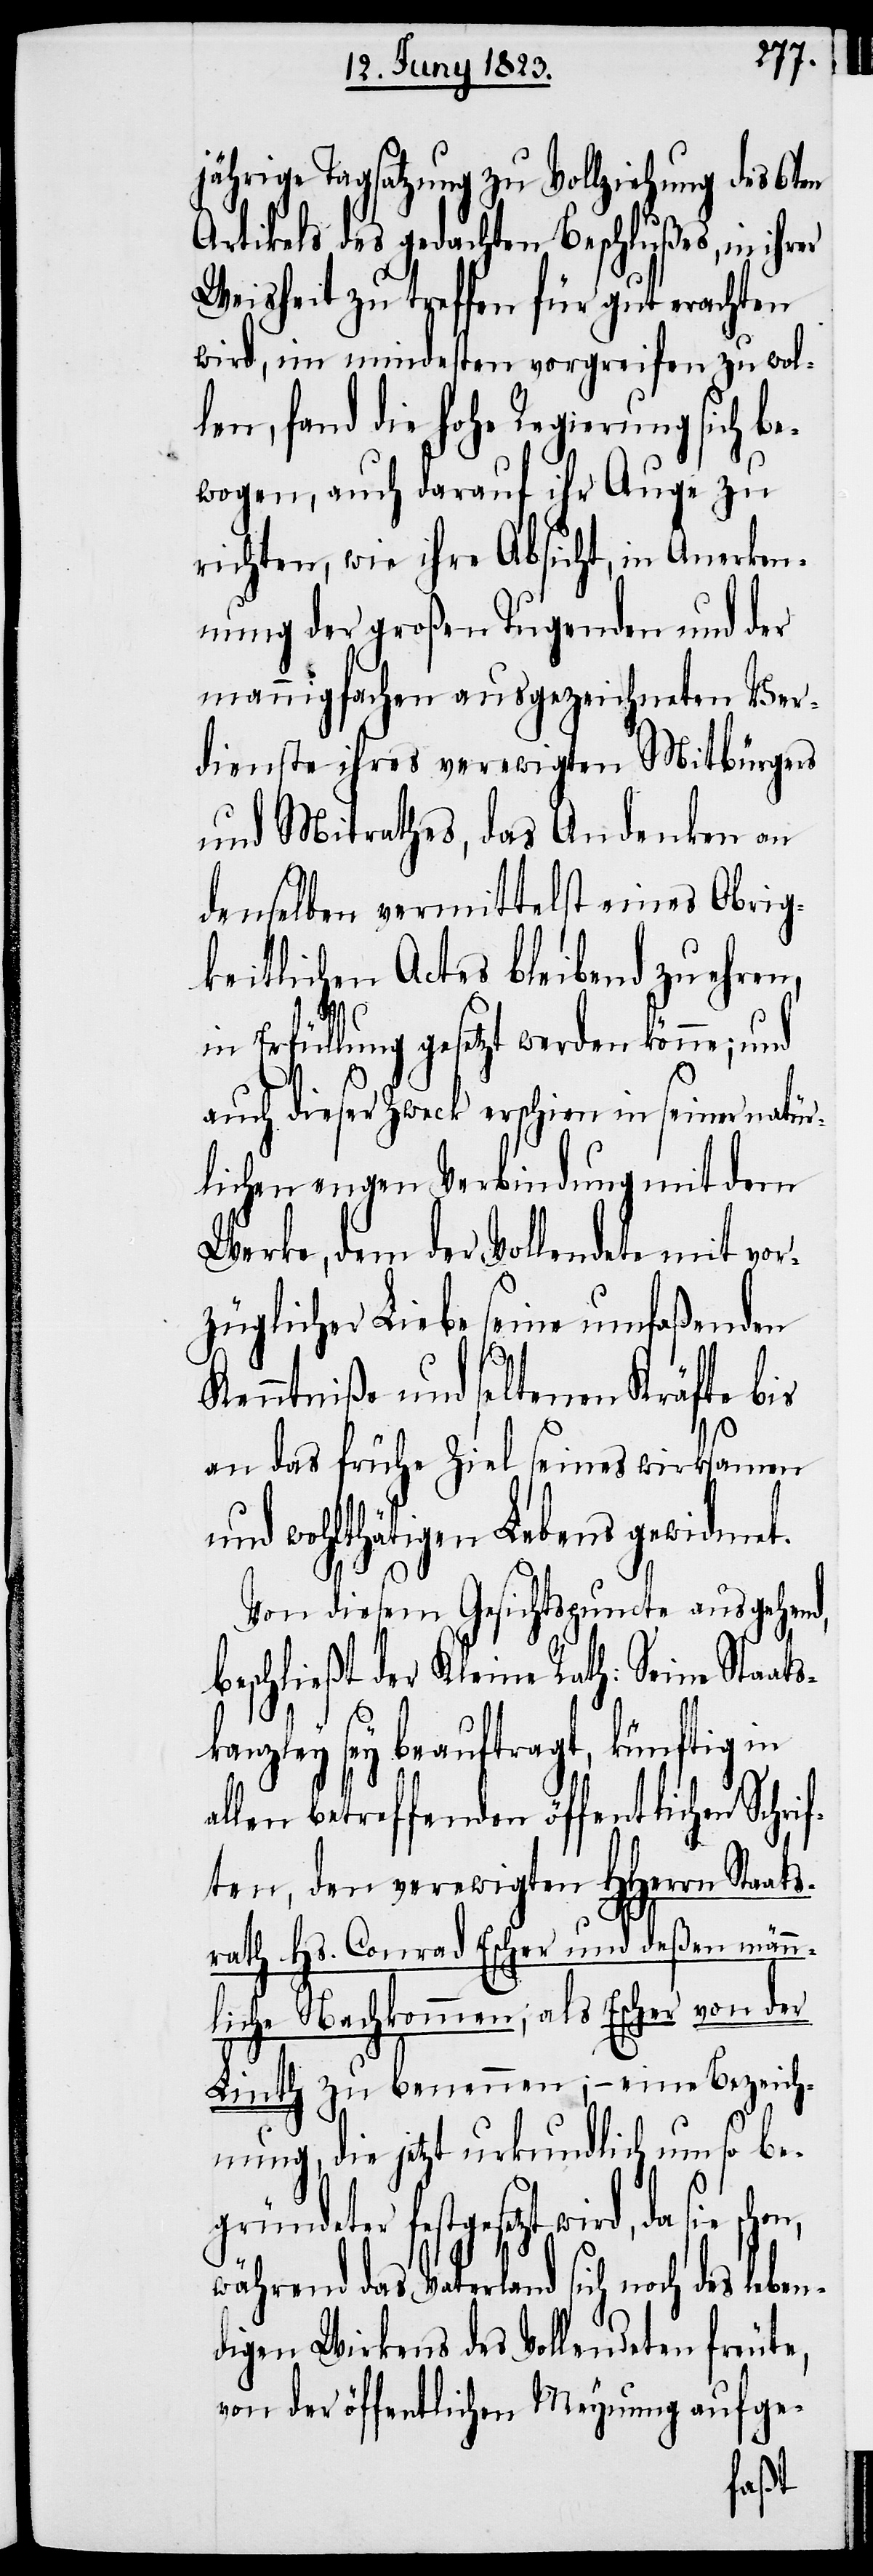
jährige Tagsatzung zu Vollziehung des 6ten
Artikels des gedachten Beschlußes, in ihrer
Weisheit zu treffen für gut erachten
wird, im mindesten vorgreifen zu wol¬
len, fand die hohe Regierung sich be¬
wogen, auch darauf ihr Auge zu
richten, wie ihre Absicht, in Anerken¬
nung der großen Tugenden und der
mannigfachen ausgezeichneten Ver¬
dienste ihres verewigten Mitbürgers
und Mitrathes, das Andenken an
denselben vermittelst eines Obrig¬
keitlichen Actes bleibend zu ehren,
Erfüllung gesetzt werden könne;
auch dieser Zweck erschien in seiner natür¬
lichen engen Verbindung mit dem
Werke, dem der Vollendete mit vor¬
züglicher Liebe seine umfaßenden
Kenntniße und seltenen Kräfte bis
an das frühe Ziel seines wirksamen
und wohlthätigen Lebens gewidmet.
Von diesem Gesichtspuncte ausgehend,
beschließt der Kleine Rath: Seine Staat¬
skanzley sey beauftragt, künftig in
allen betreffenden öffentlichen Schri¬
ften, den verewigten HHerrn Staat¬
srath Hs. Conrad Escher und deßen männ¬
liche Nachkommen, als Escher von der
Linth zu benennen; – eine Bezeich¬
nung, die jetzt urkundlich um so be¬
gründeter festgesetzt wird, da sie
während das Vaterland sich noch des leben¬
digen Wirkens des Vollendeten freute,
von der öffentlichen Meynung aufge-